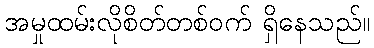
အမှုထမ်းလိုစိတ်တစ်ဝက် ရှိနေသည်။